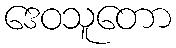
ဒေဝသူတော